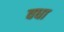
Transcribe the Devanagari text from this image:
वधा